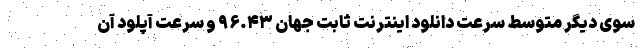
سوی دیگر متوسط سرعت دانلود اینترنت ثابت جهان ۹۶.۴۳ و سرعت آپلود آن